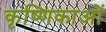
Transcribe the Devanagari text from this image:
कृष्णिकाओं